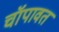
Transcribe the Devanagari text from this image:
चॉपावत